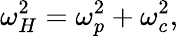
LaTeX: \omega_{H}^{2}=\omega_{p}^{2}+\omega_{c}^{2},